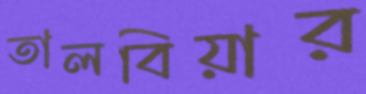
তালবিয়ার